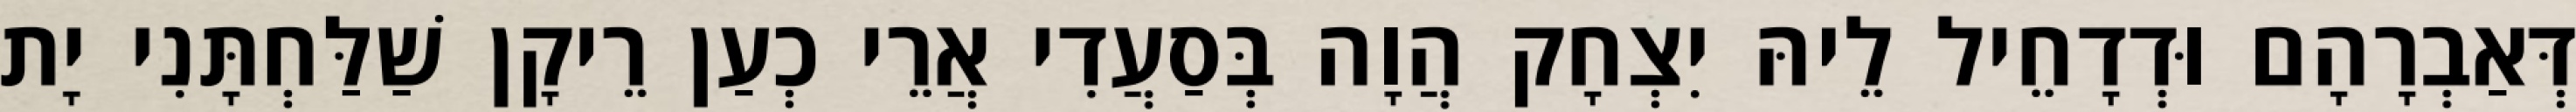
דְּאַבְרָהָם וּדְדָחֵיל לֵיהּ יִצְחָק הֲוָה בְּסַעֲדִי אֲרֵי כְעַן רֵיקָן שַׁלַּחְתָּנִי יָת